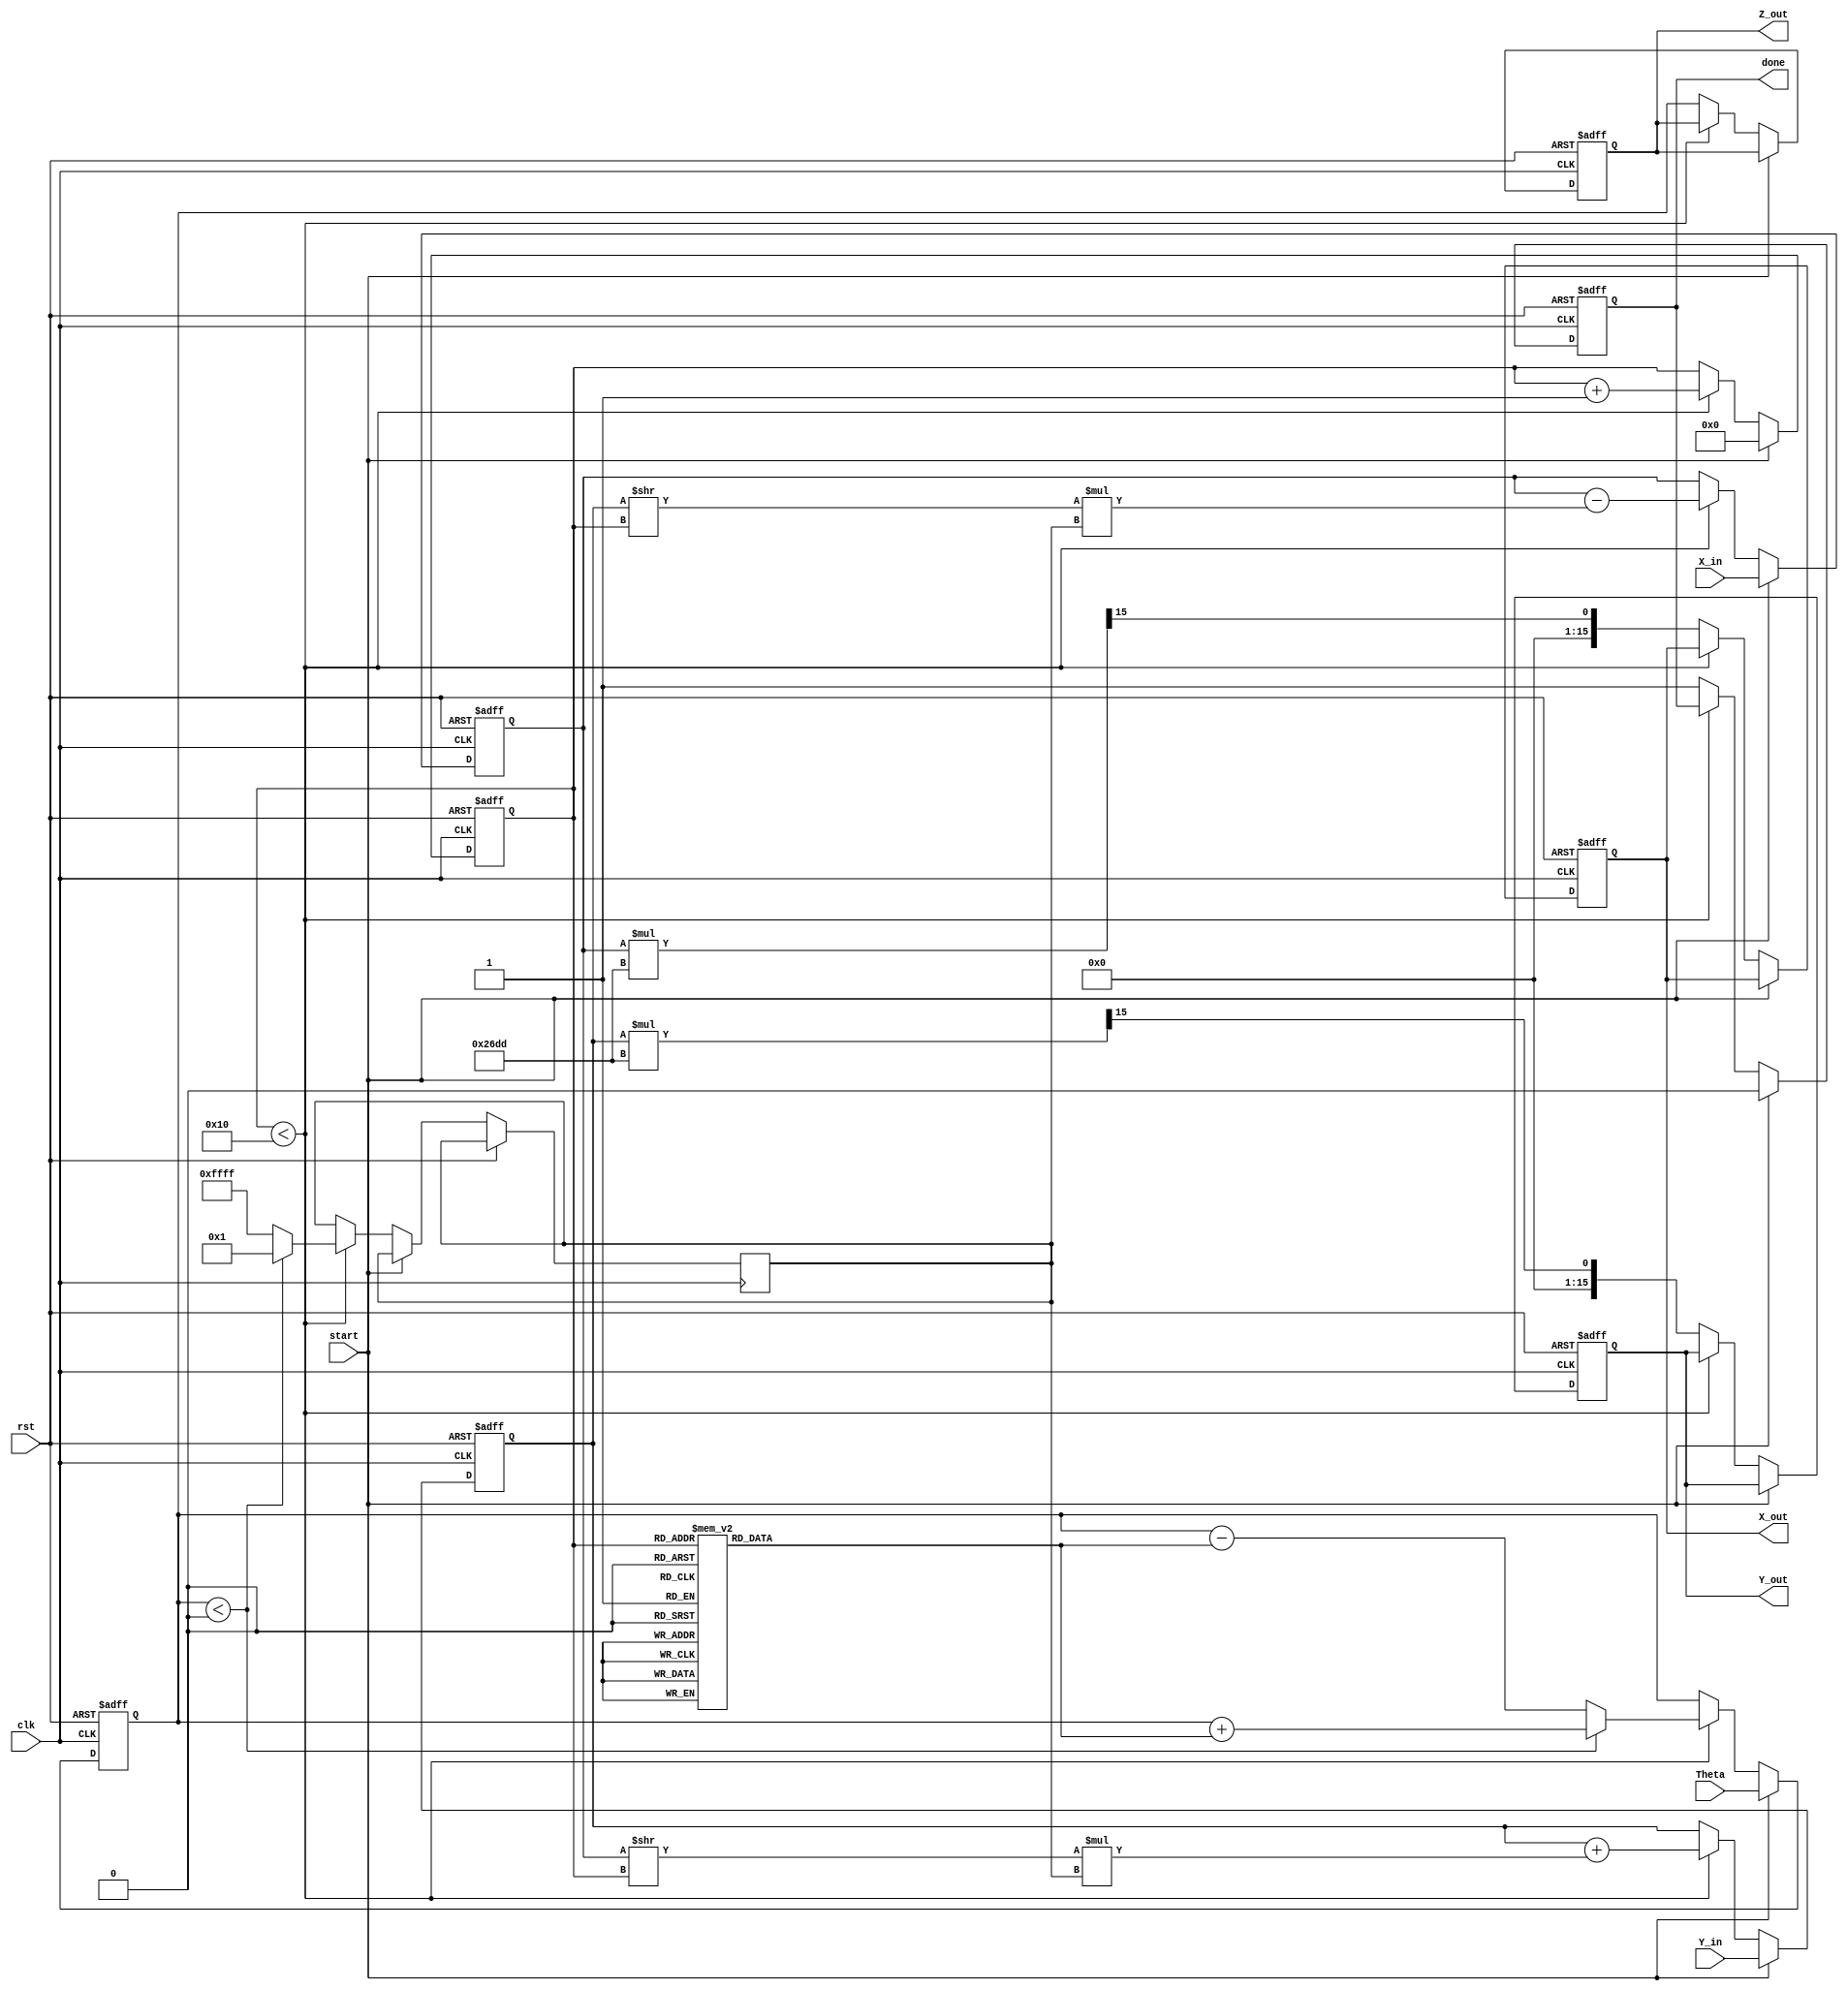
module cordic_2d (
    input clk,
    input rst,
    input start,
    input signed [15:0] X_in,
    input signed [15:0] Y_in,
    input signed [15:0] Theta,
    output reg signed [15:0] X_out,
    output reg signed [15:0] Y_out,
    output reg signed [15:0] Z_out,
    output reg done
);

    // Parameters
    parameter ITERATIONS = 16; // Number of CORDIC iterations
    parameter K = 16'h26DD; // Scaling factor (K = 0.6072529350088812561694 in fixed-point)

    // Internal registers
    reg signed [15:0] X_reg;
    reg signed [15:0] Y_reg;
    reg signed [15:0] Z_reg;
    reg [3:0] iteration_count;
    reg [15:0] angle_table [0:ITERATIONS-1]; // Angle lookup table
    reg signed [15:0] d; // Direction of rotation

    // Initialize angle table (arctan(2^-i) in fixed-point)
    initial begin
        angle_table[0] = 16'h2000; // atan(1) = pi/4
        angle_table[1] = 16'h1000; // atan(0.5)
        angle_table[2] = 16'h0800; // atan(0.25)
        angle_table[3] = 16'h0400; // atan(0.125)
        angle_table[4] = 16'h0200; // atan(0.0625)
        angle_table[5] = 16'h0100; // atan(0.03125)
        angle_table[6] = 16'h0080; // atan(0.015625)
        angle_table[7] = 16'h0040; // atan(0.0078125)
        angle_table[8] = 16'h0020; // atan(0.00390625)
        angle_table[9] = 16'h0010; // atan(0.001953125)
        angle_table[10] = 16'h0008; // atan(0.0009765625)
        angle_table[11] = 16'h0004; // atan(0.00048828125)
        angle_table[12] = 16'h0002; // atan(0.000244140625)
        angle_table[13] = 16'h0001; // atan(0.0001220703125)
        angle_table[14] = 16'h0000; // atan(0.00006103515625)
        angle_table[15] = 16'h0000; // atan(0.000030517578125)
    end

    // Control Logic
    always @(posedge clk or posedge rst) begin
        if (rst) begin
            X_reg <= 0;
            Y_reg <= 0;
            Z_reg <= 0;
            iteration_count <= 0;
            done <= 0;
            X_out <= 0;
            Y_out <= 0;
            Z_out <= 0;
        end else if (start) begin
            // Initialize registers
            X_reg <= X_in;
            Y_reg <= Y_in;
            Z_reg <= Theta;
            iteration_count <= 0;
            done <= 0;
        end else if (iteration_count < ITERATIONS) begin
            // Determine the direction of rotation
            if (Z_reg < 0) begin
                d <= 16'sd1; // Counterclockwise
                Z_reg <= Z_reg + angle_table[iteration_count];
            end else begin
                d <= -16'sd1; // Clockwise
                Z_reg <= Z_reg - angle_table[iteration_count];
            end

            // CORDIC rotation equations
            X_reg <= X_reg - (Y_reg >> iteration_count) * d;
            Y_reg <= Y_reg + (X_reg >> iteration_count) * d;

            // Increment the iteration counter
            iteration_count <= iteration_count + 1;
        end else begin
            // Final output
            X_out <= X_reg * K >> 15; // Scale output
            Y_out <= Y_reg * K >> 15; // Scale output
            Z_out <= Z_reg; // Output angle
            done <= 1; // Indicate completion
        end
    end

endmodule